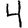
Digit: 4